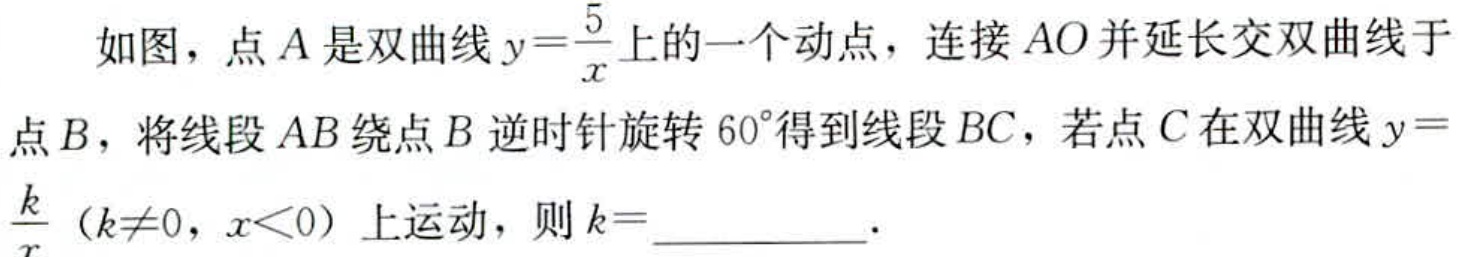
如图，点\(A\)是双曲线\(y = \frac{5}{x}\)上的一个动点，连接\(AO\)并延长交双曲线于点\(B\)，将线段\(AB\)绕点\(B\)逆时针旋转\(60^{\circ}\)得到线段\(BC\)，若点\(C\)在双曲线\(y=\frac{k}{x}\)（\(k\neq0\)，\(x < 0\)）上运动，则\(k =\)__________．